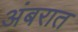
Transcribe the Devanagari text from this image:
अंबरात